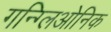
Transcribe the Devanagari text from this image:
गन्ग्लिओनिक